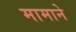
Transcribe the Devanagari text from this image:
मामाने